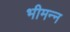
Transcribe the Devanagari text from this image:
भीमन्‍न